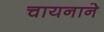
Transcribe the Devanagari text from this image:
चायनाने